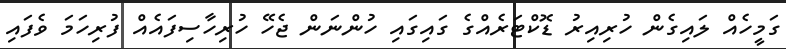
ގަމީހެއް ލައިގެން ހުރިއިރު ޑޮކްޓަރެއްގެ ގައިގައި ހުންނަން ޖެހޭ ހުރިހާސިފައެއް ފުރިހަމަ ވެފައި